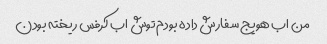
من اب هویج سفارش داده بودم توش اب کرفس ریخته بودن